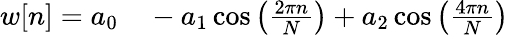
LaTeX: \begin{array}{rl}{w[n]=a_{0}}&{{}{}-a_{1}\cos\left({\frac{2\pi n}{N}}\right)+a_{2}\cos\left({\frac{4\pi n}{N}}\right)}\end{array}